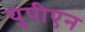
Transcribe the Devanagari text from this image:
युपीएन